Sketch of the medical history of the native army of Bombay, for the year
Year: 1875
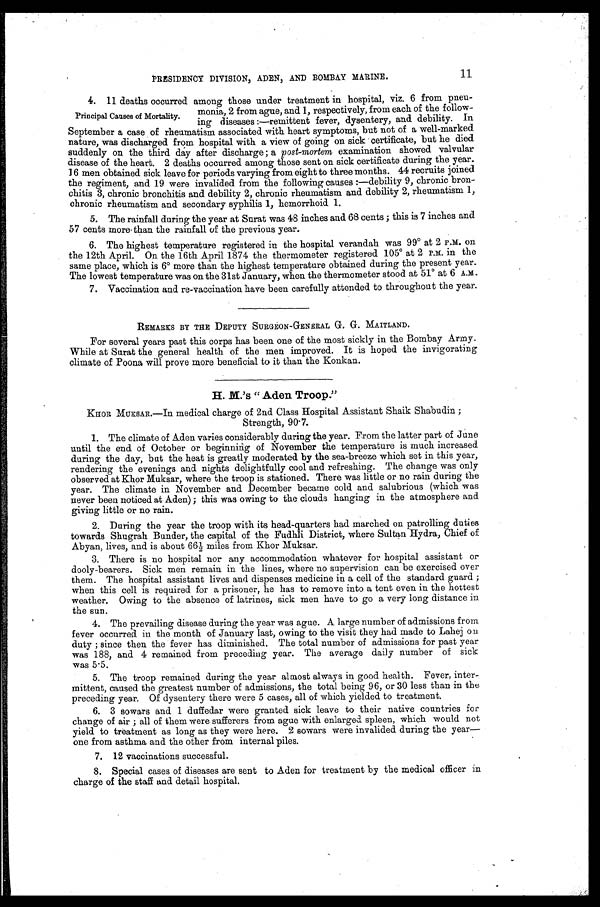
PRESIDENCY DIVISION, ADEN, AND BOMBAY MARINE.
1 1
4. 11 deaths occurred among those under treatment in hospital, viz. 6 from pneu
-
monia, 2 from ague, and 1, respectively, from each of the follow
-ing diseases:—remittent fever, dysentery, and debility. In
September a case of rheumatism associated with heart symptoms, but not of a well-marked
nature, was discharged from hospital with a view of going on sick certificate, but he died
suddenly on the third day after discharge; a post-mortem examination showed valvular
disease of the heart. 2 deaths occurred among those sent on sick certificate during the year.
16 men obtained sick leave for periods varying from eight to three months. 44 recruits joined
the regiment, and 19 were invalided from the following causes:—debility 9, chronic bron
-chitis 3, chronic bronchitis and debility 2, chronic rheumatism and debility 2, rheumatism 1,
chronic rheumatism and secondary syphilis 1. hemorrhoid 1.
5. The rainfall during the year at Surat was 48 inches and 68 cents; this is 7 inches and
57 cents more than the rainfall of the previous year.
6. The highest temperature registered in the hospital verandah was 99º at 2 P.M. on
the 12th April. On the 16th April 1874 the thermometer registered 105º at 2 P.M. in the
same place, which is 6º more than the highest temperature obtained during the present year.
The lowest temperature was on the 31st January, when the thermometer stood at 51º at 6 A.M.
7 . V a c c i n a t i o n a n d r e - v a c c i n a t i o n h a v e b e e n c a r e f u l l y a t t e n d e d t o t h r o u g h o u t t h e y e a r .
REMARKS BY THE DEPUTY SURGEON-GENERAL G. G. MAITLAND.
For several years past this corps has been one of the most sickly in the Bombay Army.
While at Surat the general health of the men improved. It is hoped the invigorating
climate of Poona will prove more beneficial to it than the Konkan.
H. M.'s " Aden Troop."
KHOR MUKSAR.—In medical charge of 2nd Class Hospital Assistant Shaik Shabudin;
Strength, 90.7.
1. The climate of Aden varies considerably during the year. From the latter part of June
until the end of October or beginning of November the temperature is much increased
during the day, but the heat is greatly moderated by the sea-breeze which set in this year,
rendering the evenings and nights delightfully cool and refreshing. The change was only
observed at Khor Muksar, where the troop is stationed. There was little or no rain during the
year. The climate in November and December became cold and salubrious (which was
never been noticed at Aden); this was owing to the clouds hanging in the atmosphere and
giving little or no rain.
2. During the year the troop with its head-quarters had marched on patrolling duties
towards Shugrah Bunder, the capital of the Fudhli District, where Sultan Hydra, Chief of
Abyan, lives, and is about 66½ miles from Khor Muksar.
3. There is no hospital nor any accommodation whatever for hospital assistant or
dooly-bearers. Sick men remain in the lines, where no supervision can be exercised over
them. The hospital assistant lives and dispenses medicine in a cell of the standard guard;
when this cell is required for a prisoner, he has to remove into a tent even in the hottest
weather. Owing to the absence of latrines, sick men have to go a very long distance in
the sun.
4. The prevailing disease during the year was ague. A large number of admissions from
fever occurred in the month of January last, owing to the visit they had made to Lahej on
duty; since then the fever has diminished. The total number of admissions for past year
was 188, and 4 remained from preceding year. The average daily number of sick
was 5.5.
1.
5. The troop remained during the year almost always in good health. Fever, inter
- m i t t e n t , c a u s e d t h e g r e a t e s t n u m b e r o f a d m i s s i o n s , t h e t o t a l b e i n g 9 6 , o r 3 0 l e s s t h a n i n t h e
preceding year. Of dysentery there were 5 cases, all of which yielded to treatment.
6. 3 sowars and 1 duffedar were granted sick leave to their native countries for
change of air; all of them were sufferers from ague with enlarged spleen, which would not
yield to treatment as long as they were here. 2 sowars were invalided during the year
— o n e f r o m a s t h m a a n d t h e o t h e r f r o m i n t e r n a l p i l e s .
7 . 1 2 v a c c i n a t i o n s s u c c e s s f u l .
8. Special cases of diseases are sent to Aden for treatment by the medical officer in
charge of the staff and detail hospital.
Principal Causes of Mortality.